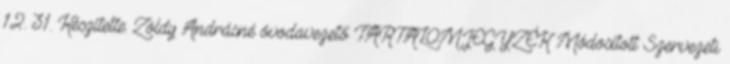
12. 31. Készítette: Zöldy Andrásné óvodavezető TARTALOMJEGYZÉK Módosított Szervezeti